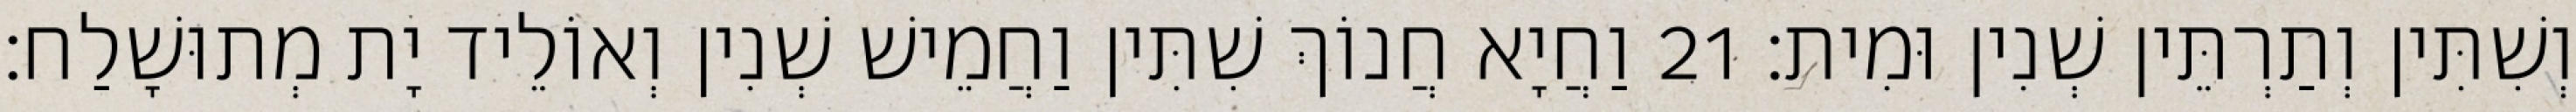
וְשִׁתִּין וְתַרְתֵּין שְׁנִין וּמִית׃ 21 וַחֲיָא חֲנוֹךְ שִׁתִּין וַחֲמֵישׁ שְׁנִין וְאוֹלֵיד יָת מְתוּשָׁלַח׃